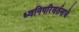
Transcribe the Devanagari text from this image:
ध्वनिपरिवर्तनाचे